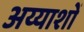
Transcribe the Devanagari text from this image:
अय्याशों